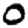
Digit: 0